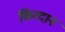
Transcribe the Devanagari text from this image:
किरदान